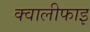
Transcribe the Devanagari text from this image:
क्वालीफाइ